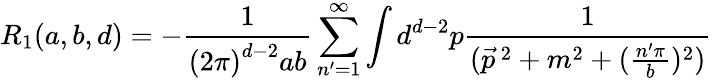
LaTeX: R_{1}(a,b,d)=-\frac{1}{\left(2\pi\right)^{d-2}ab}\sum_{n^{\prime}=1}^{\infty}\int d^{d-2}p\frac{1}{(\vec{p}^{\, 2}+m^{2}+(\frac{n^{\prime}\pi}{b})^{2})}